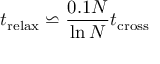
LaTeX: t _ { \mathrm { r e l a x } } \backsimeq { \frac { 0 . 1 N } { \ln N } } t _ { \mathrm { c r o s s } }